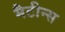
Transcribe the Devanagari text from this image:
मैटीन्स